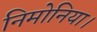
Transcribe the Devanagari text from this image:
निमोनिया।